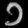
Digit: ၁